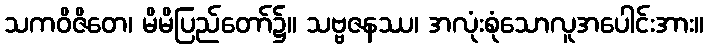
သကဝိဇိတေ၊ မိမိပြည်တော်၌။ သဗ္ဗဇနဿ၊ အလုံးစုံသောလူအပေါင်းအား။